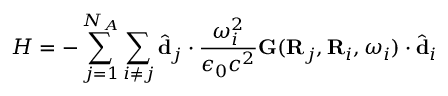
H = - \sum _ { j = 1 } ^ { N _ { A } } \sum _ { i \neq j } \hat { \mathbf { d } } _ { j } \cdot \frac { \omega _ { i } ^ { 2 } } { \epsilon _ { 0 } c ^ { 2 } } \mathbf { G } ( \mathbf { R } _ { j } , \mathbf { R } _ { i } , \omega _ { i } ) \cdot \hat { \mathbf { d } } _ { i }